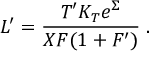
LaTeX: L ^ { \prime } = \frac { T ^ { \prime } K _ { T } e ^ { \Sigma } } { X F ( 1 + F ^ { \prime } ) } \; .